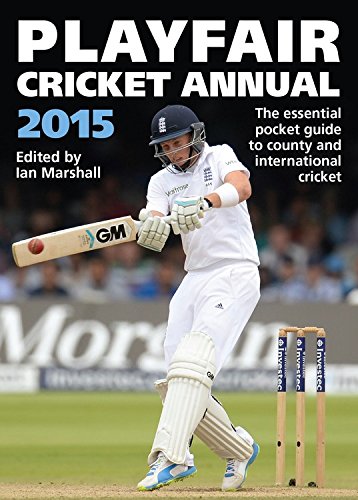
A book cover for Playfair Cricket Annual 2015; Ian Marshall; Sports & Outdoors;